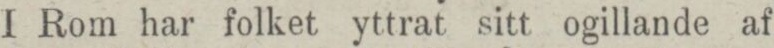
I Rom har folket yttrat sitt ogillande af